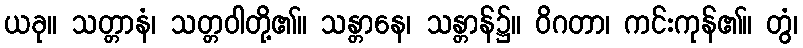
ယခု။ သတ္တာနံ၊ သတ္တဝါတို့၏။ သန္တာနေ၊ သန္တာန်၌။ ဝိဂတာ၊ ကင်းကုန်၏။ တွံ၊